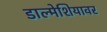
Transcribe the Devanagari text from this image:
डाल्मेशियावर